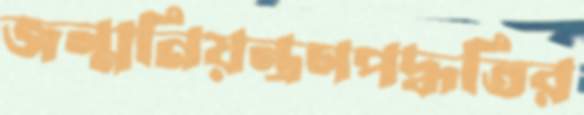
জন্মনিয়ন্ত্রণপদ্ধতির